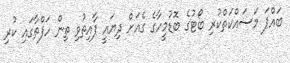
ބައްޕަ މަސައްކަތްކުރި ބޯޓުގެ ބޮޑުމީހާގެ ގެއަށް ދިޔައީ ފާއިތުވި ތިން ހަފްތާގައި ކުރި